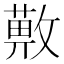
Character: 𢿯